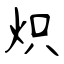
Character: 炽